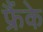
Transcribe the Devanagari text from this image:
फ्रैंके